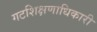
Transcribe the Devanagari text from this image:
गटशिक्षणाधिकारी